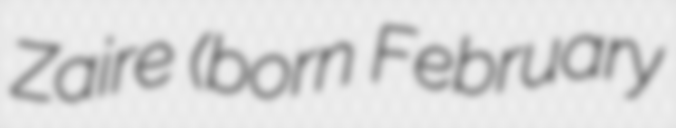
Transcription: Zaire (born February